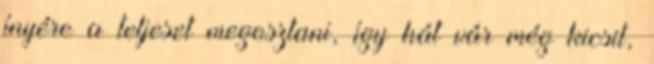
ínyére a teljeset megosztani, így hát vár még kicsit,